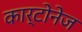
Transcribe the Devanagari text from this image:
कार्टोनेज